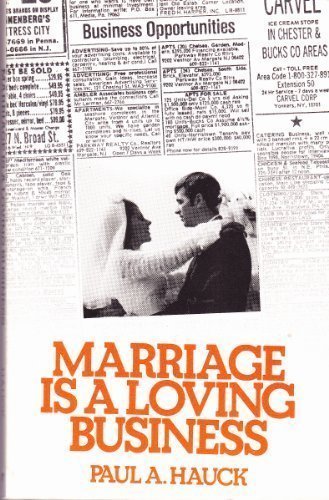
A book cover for Marriage Is a Loving Business; Paul A. Hauck; Parenting & Relationships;